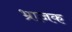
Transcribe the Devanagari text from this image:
भ्राजक